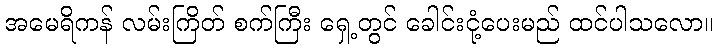
အမေရိကန် လမ်းကြိတ် စက်ကြီး ရှေ့တွင် ခေါင်းငုံ့ပေးမည် ထင်ပါသလော။